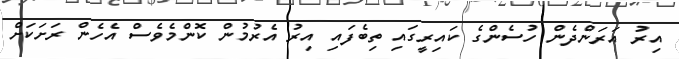
އިރު އަރަންދެން ހުސެންގެ ކައިރީގައި ތިބެފައި އިރު އެރުމުން ކޮންމެވެސް އެހެން ރަށަކަށް